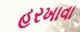
હરખાવા